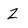
Character: Z